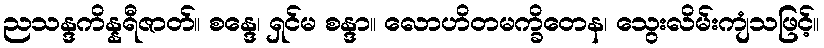
ညသန္ဒကိန္နရီဇာတ်။ စန္ဒေ၊ ရှင်မ စန္ဒာ။ လောဟိတမက္ခိတေန၊ သွေးလိမ်းကျံသဖြင့်။